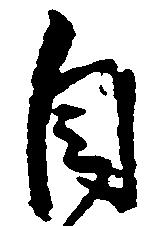
自